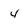
Character: 4